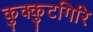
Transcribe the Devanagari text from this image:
कुक्कुटगिरि